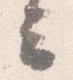
云